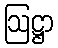
ဩဋ္ဌာ